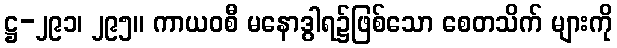
ဋ္ဌ-၂၉၁၊ ၂၉၅။ ကာယဝစီ မနောဒွါရ၌ဖြစ်သော စေတသိက် များကို